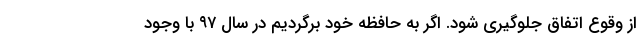
از وقوع اتفاق جلوگیری شود. اگر به حافظه خود برگردیم در سال ۹۷ با وجود